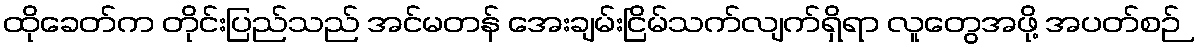
ထိုခေတ်က တိုင်းပြည်သည် အင်မတန် အေးချမ်းငြိမ်သက်လျက်ရှိရာ လူတွေအဖို့ အပတ်စဉ်